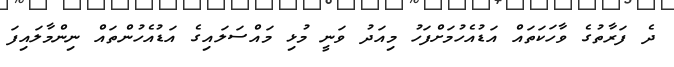
ދެ ފަރާތުގެ ވާހަކަތައް އަޑުއެހުމަށްފަހު މިއަދު ވަނީ މުޅި މައްސަލައިގެ އަޑުއެހުންތައް ނިންމާލައިފަ